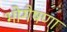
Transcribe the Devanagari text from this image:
भोगैषणा